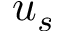
u _ { s }